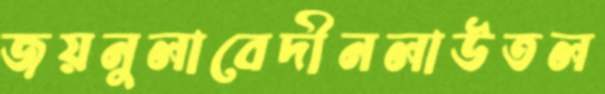
জয়নুলাবেদীনলাউতল